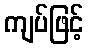
ကျပ်ဖြင့်